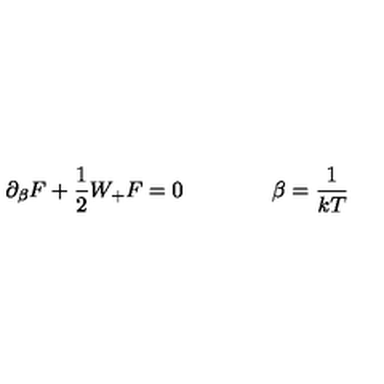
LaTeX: \partial _ { \beta } F + \frac { 1 } { 2 } W _ { + } F = 0 \qquad \qquad \beta = \frac { 1 } { k T }